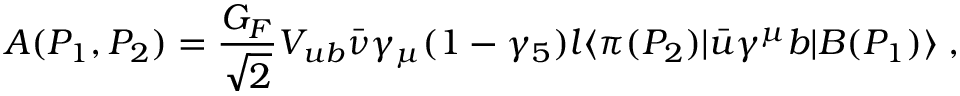
A ( P _ { 1 } , P _ { 2 } ) = \frac { G _ { F } } { \sqrt { 2 } } V _ { u b } { \bar { \nu } } \gamma _ { \mu } ( 1 - \gamma _ { 5 } ) l \langle \pi ( P _ { 2 } ) | { \bar { u } } \gamma ^ { \mu } b | B ( P _ { 1 } ) \rangle \; ,